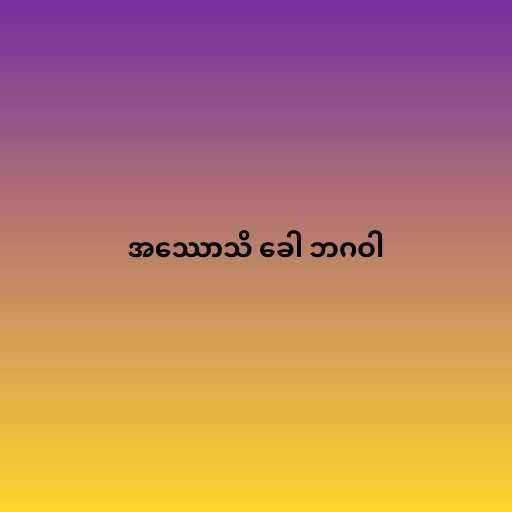
အဿောသိ ခေါ ဘဂဝါ